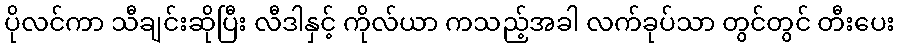
ပိုလင်ကာ သီချင်းဆိုပြီး လီဒါနှင့် ကိုလ်ယာ ကသည့်အခါ လက်ခုပ်သာ တွင်တွင် တီးပေး